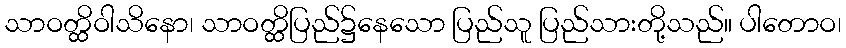
သာဝတ္ထိဝါသိနော၊ သာဝတ္ထိပြည်၌နေသော ပြည်သူ ပြည်သားတို့သည်။ ပါတောဝ၊